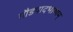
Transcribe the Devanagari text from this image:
गौडपादभाष्‍यम्